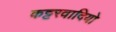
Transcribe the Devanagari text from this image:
कट्टरवादियो